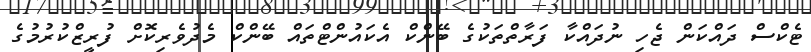
ޓެކްސް ދައްކަން ޖެހި ނުދައްކާ ފަރާތްތަކުގެ ބޭންކް އެކައުންޓްތައް ބޭންކް މެދުވެރިކޮށް ފުރީޒްކުރުމުގެ